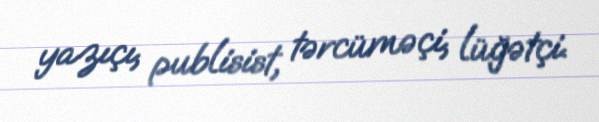
yazıçı, publisist, tərcüməçi, lüğətçi.